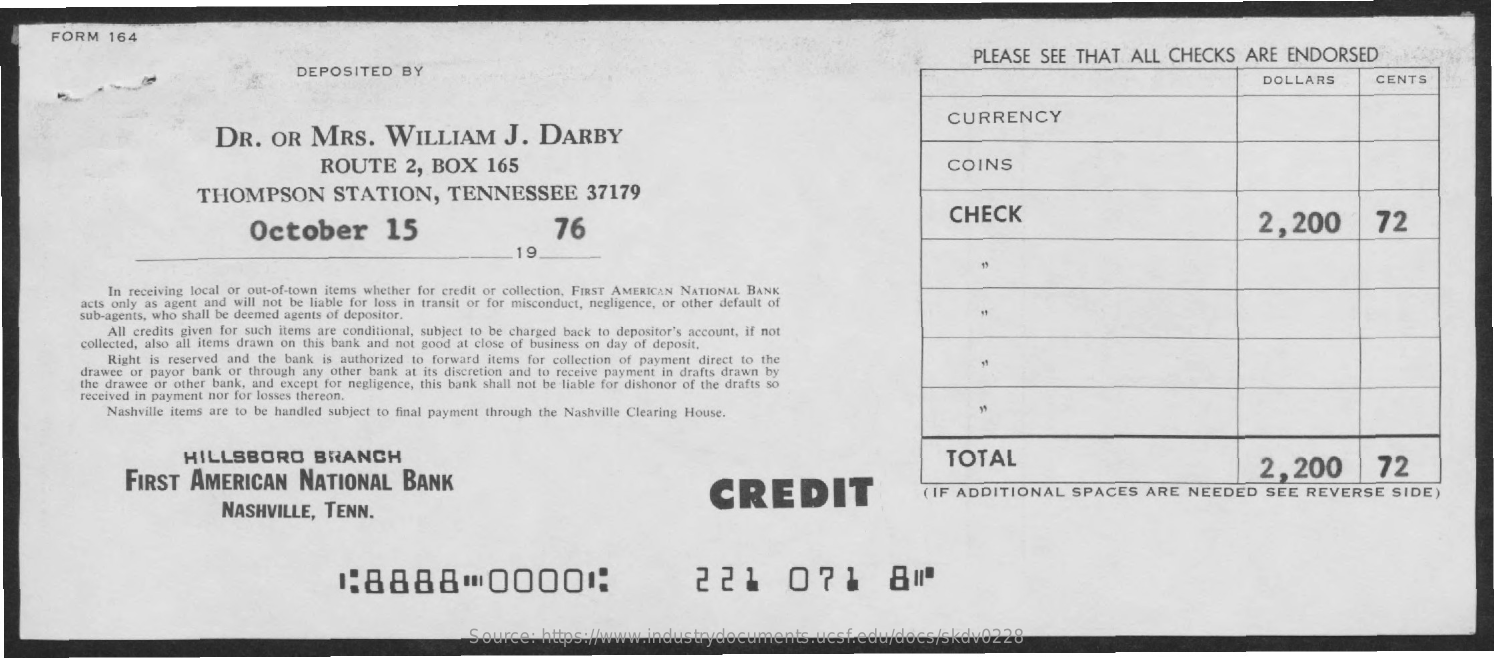
FORM   164
     PLEASE   SEE  THAT   ALL  CHECKS    ARE  ENDORSED
     DEPOSITED    BY
     DOLLARS    CENTS
     DR.   OR    MRS.    WILLIAM    J.   DARBY
     CURRENCY
     ROUTE    2,  BOX    165    COINS
     THOMPSON    STATION,    TENNESSEE    37179
     October    15    76
     CHECK    2,200    72
     19
     In receiving local or out-of-town items whether for credit or collection, FIRST AMERICAN NATIONAL BANK
     acts only as agent and will not be liable for loss in transit or for misconduct, negligence, or other default of
     sub-agents, who shall be deemed agents of depositor.
     All credits given for such items are conditional, subject to be charged back to depositor's account, if not
     collected, also all items drawn on this bank and not good at close of business on day of deposit.
     Right is reserved and the bank is authorized to forward items for collection of payment direct to the
     drawee or payor bank or through any other bank at its discretion and to receive payment in drafts drawn by
     the drawee or other bank, and except for negligence, this bank shall not be liable for dishonor of the drafts so
     received in payment nor for losses thereon.
     Nashville items are to be handled subject to final payment through the Nashville Clearing House.
     HILLSBORO    BRANCH
     FIRST   AMERICAN    NATIONAL    BANK
     TOTAL    72
     NASHVILLE,    TENN.
     CREDIT
     2,200
     ( IF ADDITIONAL    SPACES    ARE  NEEDED    SEE  REVERSE    SIDE)
     1:8888    00001:    221    071    811
     Source:   https://www.industrydocuments.ucsf.edu/docs/skdv0228